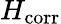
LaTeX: H_{\mathrm{corr}}